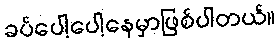
ခပ်ပေါ့ပေါ့နေမှာဖြစ်ပါတယ်။